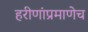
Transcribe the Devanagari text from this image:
हरीणांप्रमाणेच